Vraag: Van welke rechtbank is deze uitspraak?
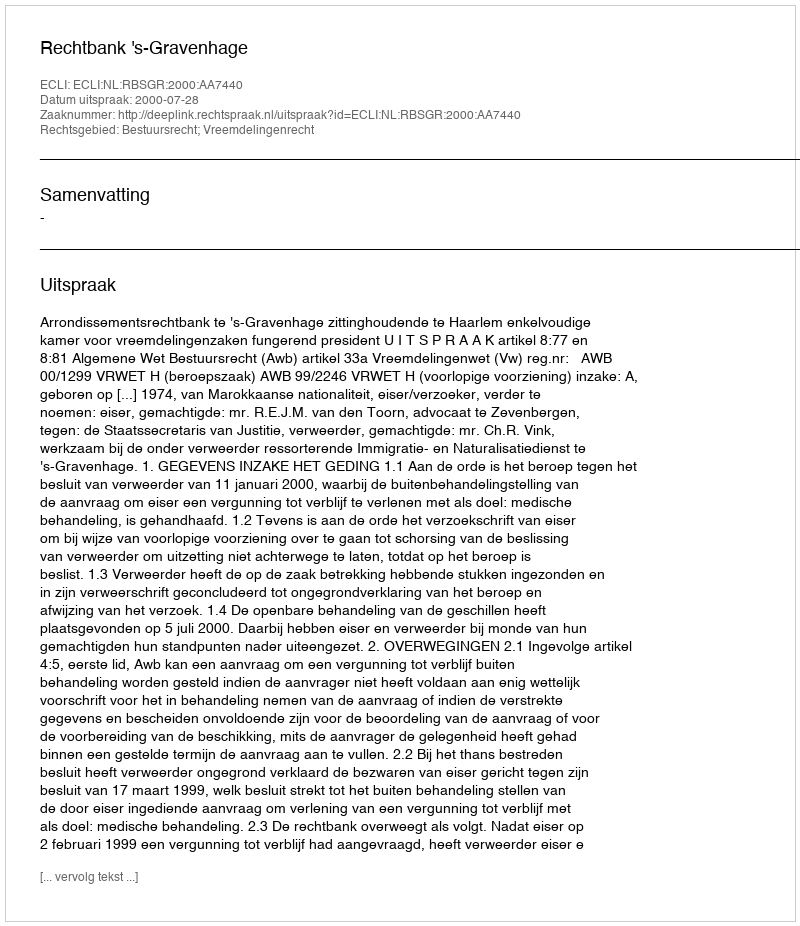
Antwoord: Rechtbank 's-Gravenhage